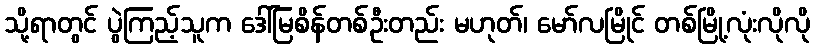
သို့ရာတွင် ပွဲကြည့်သူက ဒေါ်မြစိန်တစ်ဦးတည်း မဟုတ်၊ မော်လမြိုင် တစ်မြို့လုံးလိုလို